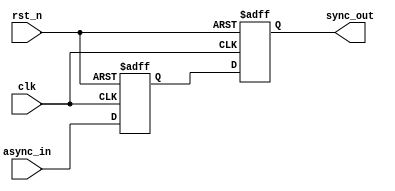
module async_to_sync_converter #(
    parameter NUM_INPUTS = 1 // Number of asynchronous input signals
)(
    input wire clk,                          // Clock signal from the synchronous domain
    input wire rst_n,                        // Active low reset signal
    input wire [NUM_INPUTS-1:0] async_in,   // Asynchronous input signals
    output reg [NUM_INPUTS-1:0] sync_out     // Synchronized output signals
);

// Internal signals for the first stage of synchronization
reg [NUM_INPUTS-1:0] stage1;

// Two-stage synchronization process
always @(posedge clk or negedge rst_n) begin
    if (!rst_n) begin
        // Reset the output and stage1 registers
        sync_out <= {NUM_INPUTS{1'b0}};
        stage1 <= {NUM_INPUTS{1'b0}};
    end else begin
        // First stage: sample the asynchronous input
        stage1 <= async_in;

        // Second stage: sample the output of the first stage
        sync_out <= stage1;
    end
end

endmodule